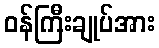
ဝန်ကြီးချုပ်အား